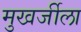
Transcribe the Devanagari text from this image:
मुखर्जीला